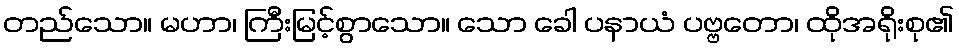
တည်သော။ မဟာ၊ ကြီးမြင့်စွာသော။ သော ခေါ ပနာယံ ပဗ္ဗတော၊ ထိုအရိုးစု၏